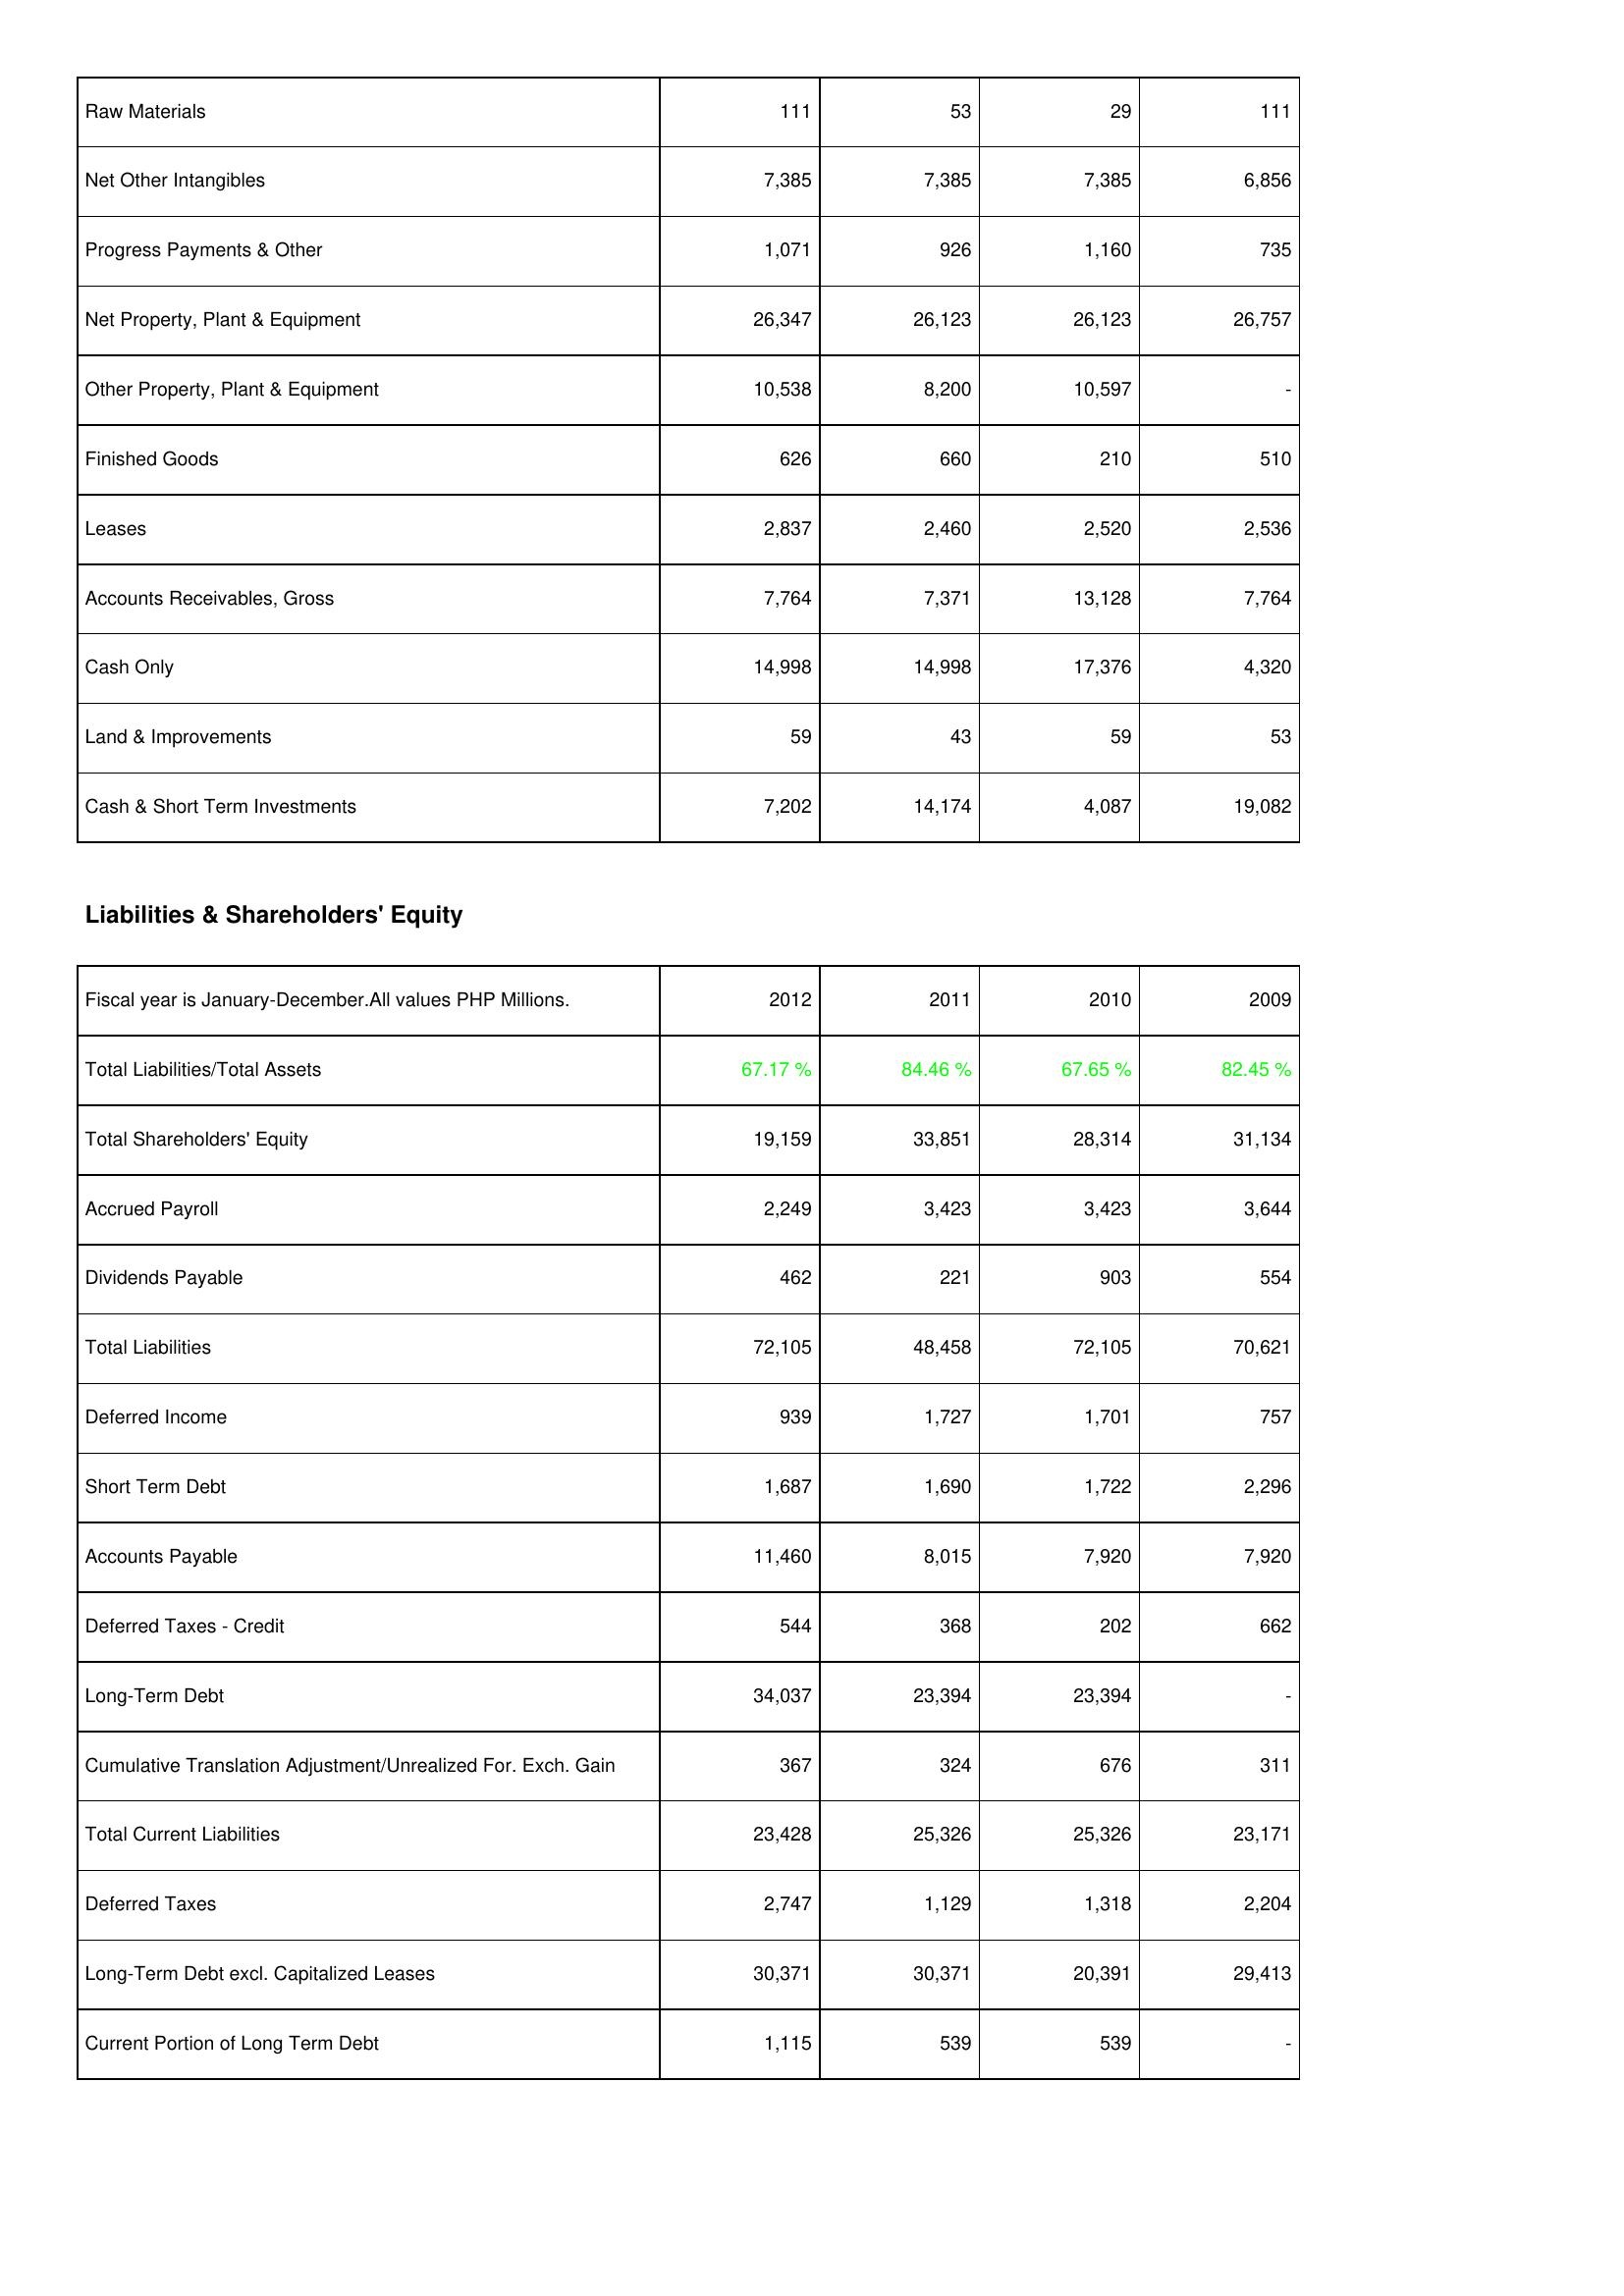
2012: Assets: Raw Materials: 111
Net Other Intangibles: 7,385
Progress Payments & Other: 1,071
Net Property, Plant & Equipment: 26,347
Other Property, Plant & Equipment: 10,538
Finished Goods: 626
Leases: 2,837
Accounts Receivables, Gross: 7,764
Cash Only: 14,998
Land & Improvements: 59
Cash & Short Term Investments: 7,202
Liabilities & Shareholders' Equity: Total Liabilities/Total Assets: 67.17 %
Total Shareholders' Equity: 19,159
Accrued Payroll: 2,249
Dividends Payable: 462
Total Liabilities: 72,105
Deferred Income: 939
Short Term Debt: 1,687
Accounts Payable: 11,460
Deferred Taxes - Credit: 544
Long-Term Debt: 34,037
Cumulative Translation Adjustment/Unrealized For. Exch. Gain: 367
Total Current Liabilities: 23,428
Deferred Taxes: 2,747
Long-Term Debt excl. Capitalized Leases: 30,371
Current Portion of Long Term Debt: 1,115
2011: Assets: Raw Materials: 53
Net Other Intangibles: 7,385
Progress Payments & Other: 926
Net Property, Plant & Equipment: 26,123
Other Property, Plant & Equipment: 8,200
Finished Goods: 660
Leases: 2,460
Accounts Receivables, Gross: 7,371
Cash Only: 14,998
Land & Improvements: 43
Cash & Short Term Investments: 14,174
Liabilities & Shareholders' Equity: Total Liabilities/Total Assets: 84.46 %
Total Shareholders' Equity: 33,851
Accrued Payroll: 3,423
Dividends Payable: 221
Total Liabilities: 48,458
Deferred Income: 1,727
Short Term Debt: 1,690
Accounts Payable: 8,015
Deferred Taxes - Credit: 368
Long-Term Debt: 23,394
Cumulative Translation Adjustment/Unrealized For. Exch. Gain: 324
Total Current Liabilities: 25,326
Deferred Taxes: 1,129
Long-Term Debt excl. Capitalized Leases: 30,371
Current Portion of Long Term Debt: 539
2010: Assets: Raw Materials: 29
Net Other Intangibles: 7,385
Progress Payments & Other: 1,160
Net Property, Plant & Equipment: 26,123
Other Property, Plant & Equipment: 10,597
Finished Goods: 210
Leases: 2,520
Accounts Receivables, Gross: 13,128
Cash Only: 17,376
Land & Improvements: 59
Cash & Short Term Investments: 4,087
Liabilities & Shareholders' Equity: Total Liabilities/Total Assets: 67.65 %
Total Shareholders' Equity: 28,314
Accrued Payroll: 3,423
Dividends Payable: 903
Total Liabilities: 72,105
Deferred Income: 1,701
Short Term Debt: 1,722
Accounts Payable: 7,920
Deferred Taxes - Credit: 202
Long-Term Debt: 23,394
Cumulative Translation Adjustment/Unrealized For. Exch. Gain: 676
Total Current Liabilities: 25,326
Deferred Taxes: 1,318
Long-Term Debt excl. Capitalized Leases: 20,391
Current Portion of Long Term Debt: 539
2009: Assets: Raw Materials: 111
Net Other Intangibles: 6,856
Progress Payments & Other: 735
Net Property, Plant & Equipment: 26,757
Other Property, Plant & Equipment: -
Finished Goods: 510
Leases: 2,536
Accounts Receivables, Gross: 7,764
Cash Only: 4,320
Land & Improvements: 53
Cash & Short Term Investments: 19,082
Liabilities & Shareholders' Equity: Total Liabilities/Total Assets: 82.45 %
Total Shareholders' Equity: 31,134
Accrued Payroll: 3,644
Dividends Payable: 554
Total Liabilities: 70,621
Deferred Income: 757
Short Term Debt: 2,296
Accounts Payable: 7,920
Deferred Taxes - Credit: 662
Long-Term Debt: -
Cumulative Translation Adjustment/Unrealized For. Exch. Gain: 311
Total Current Liabilities: 23,171
Deferred Taxes: 2,204
Long-Term Debt excl. Capitalized Leases: 29,413
Current Portion of Long Term Debt: -